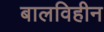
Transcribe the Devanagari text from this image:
बालविहीन